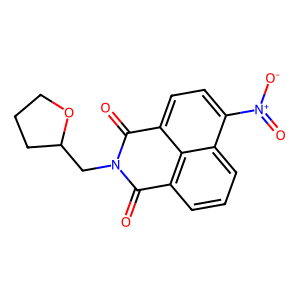
SMILES: O=C1c2cccc3c([N+](=O)[O-])ccc(c23)C(=O)N1CC1CCCO1
Inhibits HIV replication: No